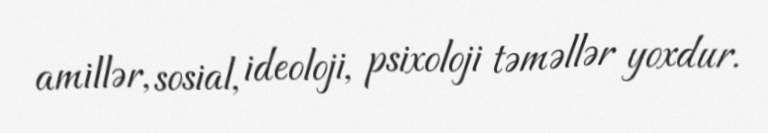
amillər, sosial, ideoloji, psixoloji təməllər yoxdur.